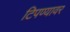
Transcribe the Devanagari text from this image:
टिपण्यावर